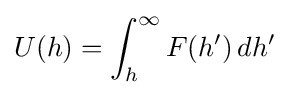
U(h)=\int _{h}^{\infty }F(h')\,dh'